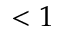
< 1